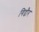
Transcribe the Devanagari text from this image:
गिद्दौर